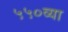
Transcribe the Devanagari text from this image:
५५०व्या